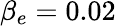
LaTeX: \beta_{e}=0.02